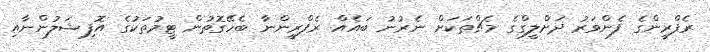
ރެފްރީންގެ ފެންވަރު ދަށްލީގްގެ މެޗްތަކަށް ނެރުނު ބައެއް ރެފްރީންނާ ބެހޭގޮތުން ޓީމުތަކުގެ އޮފިޝަލުންނާއި